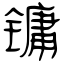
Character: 镛